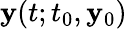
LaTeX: \mathbf{y}(t;t_{0},\mathbf{y}_{0})